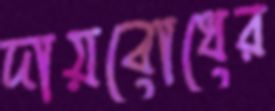
দায়বোধের